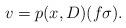
LaTeX: \begin{align*}v=p(x,D)(f\sigma).\end{align*}